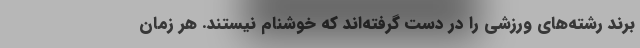
برند رشته‌های ورزشی را در دست گرفته‌اند که خوشنام نیستند. هر زمان